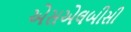
એસએલબીસી